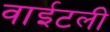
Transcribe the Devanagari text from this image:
वाईटली